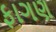
ફાગણ